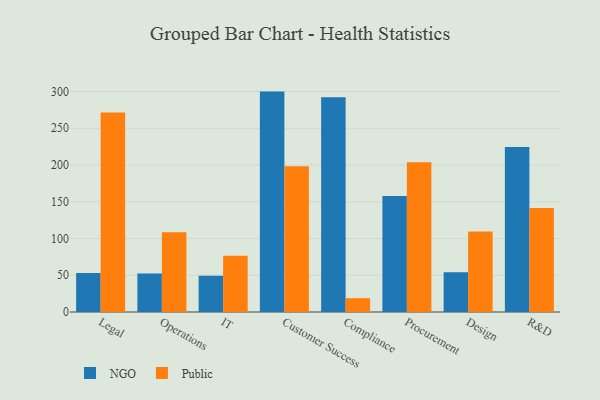
{"axis": {"x": "Department", "y": "Waste Production (Tons)"}, "legend": ["NGO", "Public"], "data": [{"x": "Legal", "y": 52.9, "type": "NGO"}, {"x": "Legal", "y": 271.4, "type": "Public"}, {"x": "Operations", "y": 52.3, "type": "NGO"}, {"x": "Operations", "y": 108.5, "type": "Public"}, {"x": "IT", "y": 49.3, "type": "NGO"}, {"x": "IT", "y": 76.4, "type": "Public"}, {"x": "Customer Success", "y": 299.9, "type": "NGO"}, {"x": "Customer Success", "y": 198.3, "type": "Public"}, {"x": "Compliance", "y": 292.2, "type": "NGO"}, {"x": "Compliance", "y": 18.8, "type": "Public"}, {"x": "Procurement", "y": 158.0, "type": "NGO"}, {"x": "Procurement", "y": 203.6, "type": "Public"}, {"x": "Design", "y": 54.0, "type": "NGO"}, {"x": "Design", "y": 109.7, "type": "Public"}, {"x": "R&D", "y": 224.6, "type": "NGO"}, {"x": "R&D", "y": 141.4, "type": "Public"}]}